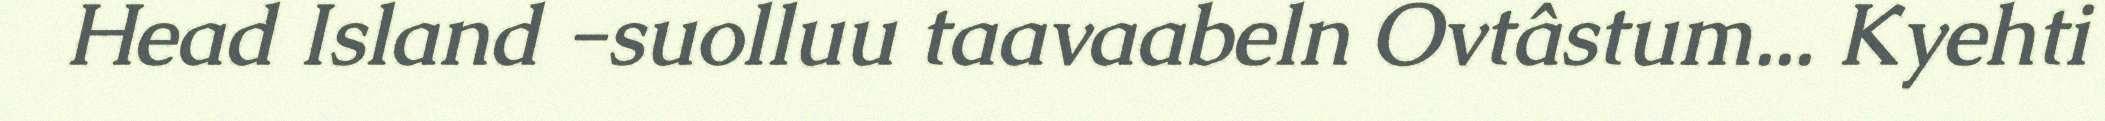
Head Island -suolluu taavaabeln Ovtâstum... Kyehti